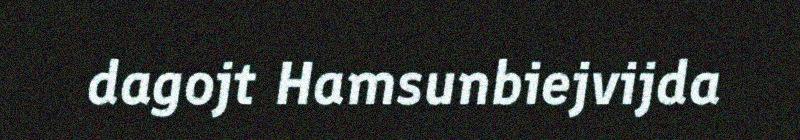
dagojt Hamsunbiejvijda